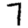
Digit: 7